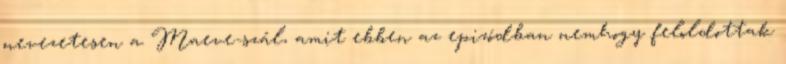
nevezetesen a Maeve-szál, amit ebben az epizódban nemhogy feloldottak